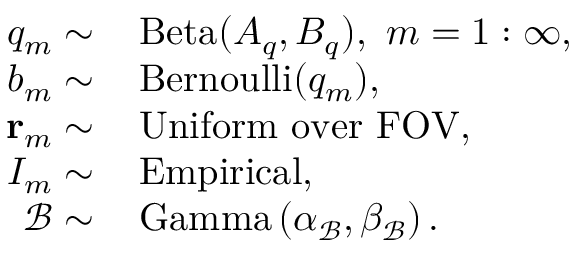
\begin{array} { r l } { q _ { m } \sim } & { { } \, \mathrm { B e t a } ( A _ { q } , B _ { q } ) , \, \, m = 1 : \infty , } \\ { b _ { m } \sim } & { { } \, \mathrm { B e r n o u l l i } ( q _ { m } ) , } \\ { \mathbf { r } _ { m } \sim } & { { } \, \mathrm { U n i f o r m \, \, o v e r \, \, F O V } , } \\ { I _ { m } \sim } & { { } \, \mathrm { E m p i r i c a l } , } \\ { \mathcal { B } \sim } & { { } \, \mathrm { G a m m a } \left( \alpha _ { \mathcal { B } } , \beta _ { \mathcal { B } } \right) . } \end{array}